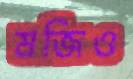
মজিও